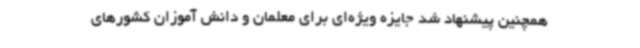
همچنین پیشنهاد شد جایزه ویژه‌ای برای معلمان و دانش آموزان کشورهای